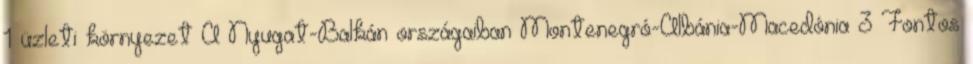
1 üzleti környezet A Nyugat-Balkán országaiban Montenegró-Albánia-Macedónia 3 Fontos